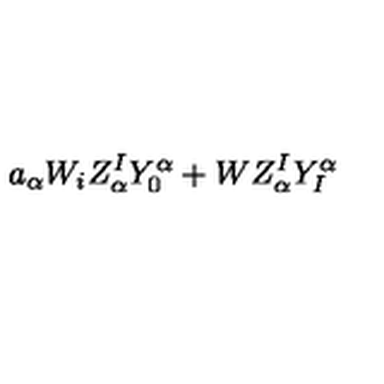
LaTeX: a _ { \alpha } W _ { i } Z _ { \alpha } ^ { I } Y _ { 0 } ^ { \alpha } + W Z _ { \alpha } ^ { I } Y _ { I } ^ { \alpha }